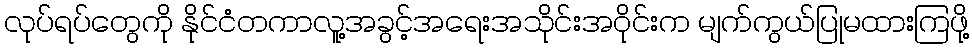
လုပ်ရပ်တွေကို နိုင်ငံတကာလူ့အခွင့်အရေးအသိုင်းအဝိုင်းက မျက်ကွယ်ပြုမထားကြဖို့